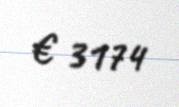
€ 3174